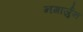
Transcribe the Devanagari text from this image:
नगार्जुन